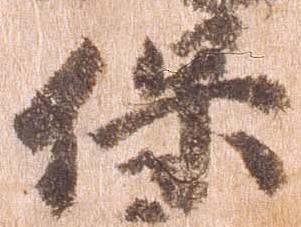
保